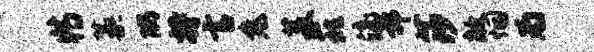
特藁隅持言兔菱巍滴郭莎敞悃为